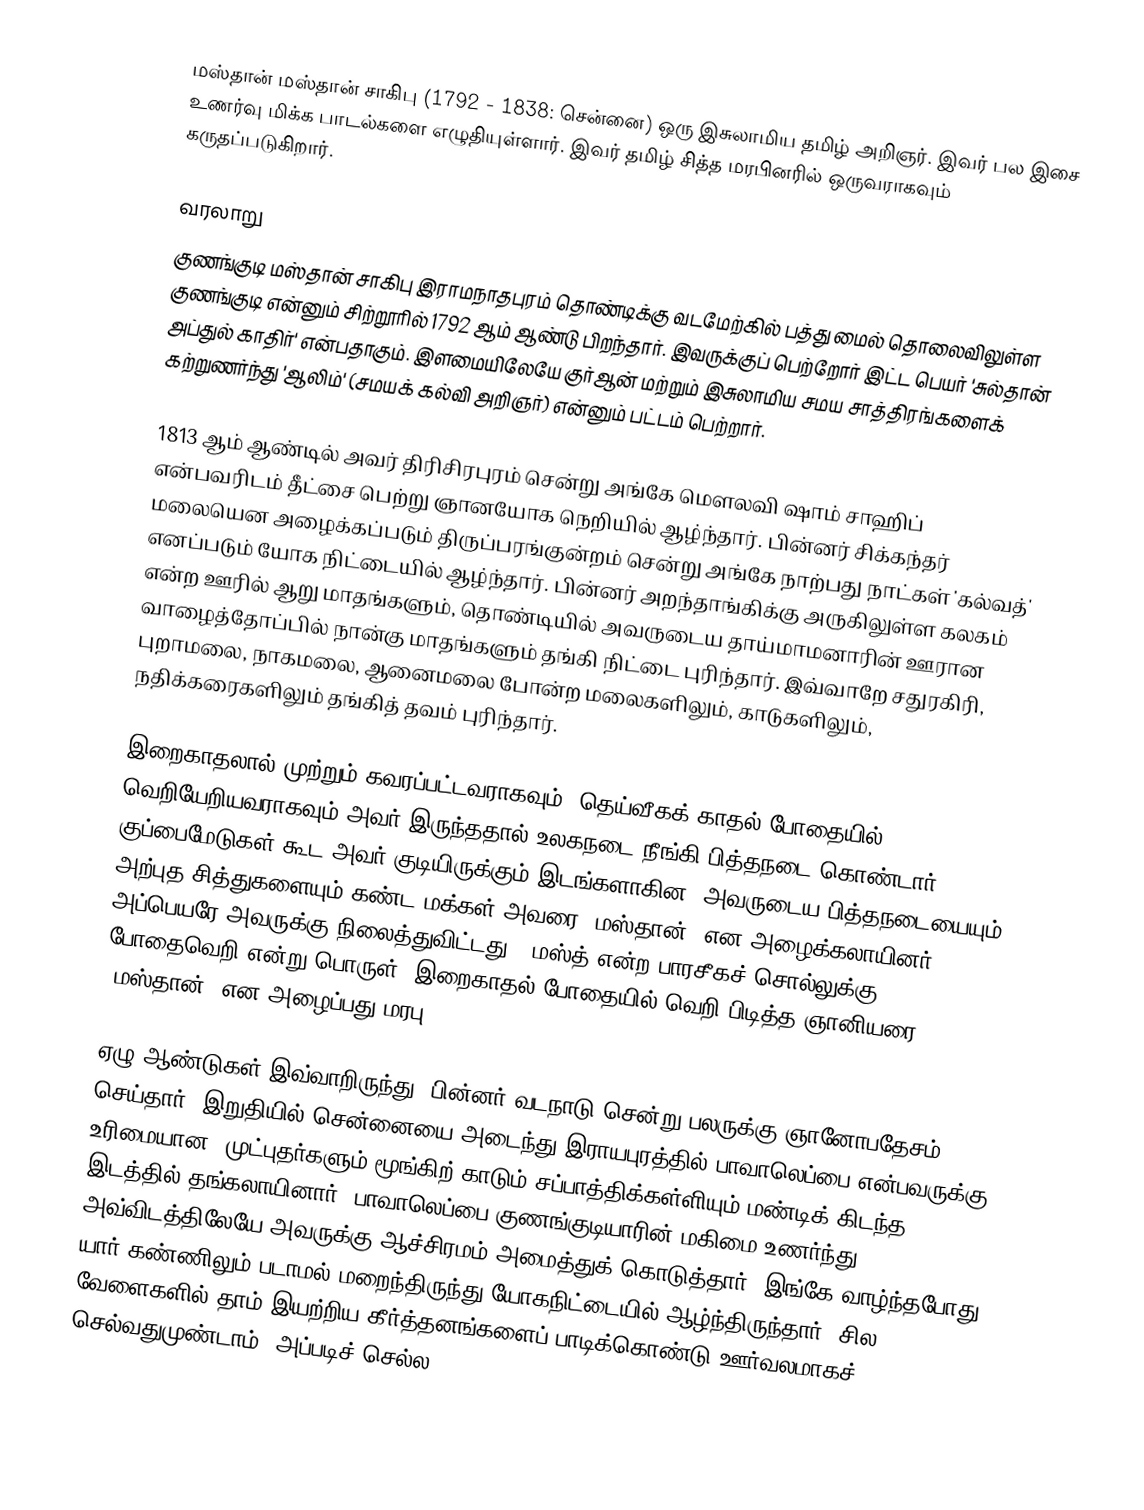
மஸ்தான் மஸ்தான் சாகிபு (1792 - 1838: சென்னை) ஒரு இசுலாமிய தமிழ் அறிஞர்.  இவர் பல இசை உணர்வு மிக்க பாடல்களை எழுதியுள்ளார்.  இவர் தமிழ் சித்த மரபினரில் ஒருவராகவும் கருதப்படுகிறார்.

வரலாறு
குணங்குடி மஸ்தான் சாகிபு இராமநாதபுரம் தொண்டிக்கு வடமேற்கில் பத்து மைல் தொலைவிலுள்ள குணங்குடி என்னும் சிற்றூரில் 1792 ஆம் ஆண்டு பிறந்தார். இவருக்குப் பெற்றோர் இட்ட பெயர் 'சுல்தான் அப்துல் காதிர்' என்பதாகும். இளமையிலேயே குர்ஆன் மற்றும் இசுலாமிய சமய சாத்திரங்களைக் கற்றுணர்ந்து 'ஆலிம்' (சமயக் கல்வி அறிஞர்) என்னும் பட்டம் பெற்றார்.

1813 ஆம் ஆண்டில் அவர் திரிசிரபுரம் சென்று அங்கே மௌலவி ஷாம் சாஹிப் என்பவரிடம் தீட்சை பெற்று ஞானயோக நெறியில் ஆழ்ந்தார். பின்னர் சிக்கந்தர் மலையென அழைக்கப்படும் திருப்பரங்குன்றம் சென்று அங்கே நாற்பது நாட்கள் 'கல்வத்' எனப்படும் யோக நிட்டையில் ஆழ்ந்தார். பின்னர் அறந்தாங்கிக்கு அருகிலுள்ள கலகம் என்ற ஊரில் ஆறு மாதங்களும், தொண்டியில் அவருடைய தாய்மாமனாரின் ஊரான வாழைத்தோப்பில் நான்கு  மாதங்களும் தங்கி நிட்டை புரிந்தார். இவ்வாறே சதுரகிரி, புறாமலை, நாகமலை, ஆனைமலை போன்ற மலைகளிலும், காடுகளிலும், நதிக்கரைகளிலும் தங்கித் தவம் புரிந்தார்.

இறைகாதலால் முற்றும் கவரப்பட்டவராகவும், தெய்வீகக் காதல் போதையில் வெறியேறியவராகவும் அவர் இருந்ததால் உலகநடை நீங்கி பித்தநடை கொண்டார். குப்பைமேடுகள் கூட அவர் குடியிருக்கும் இடங்களாகின. அவருடைய பித்தநடையையும் அற்புத சித்துகளையும் கண்ட மக்கள் அவரை 'மஸ்தான்' என அழைக்கலாயினர். அப்பெயரே அவருக்கு நிலைத்துவிட்டது. (மஸ்த் என்ற பாரசீகச் சொல்லுக்கு போதைவெறி என்று பொருள். இறைகாதல் போதையில் வெறி பிடித்த ஞானியரை 'மஸ்தான்' என அழைப்பது மரபு)

ஏழு ஆண்டுகள் இவ்வாறிருந்து, பின்னர் வடநாடு சென்று பலருக்கு ஞானோபதேசம் செய்தார். இறுதியில் சென்னையை அடைந்து இராயபுரத்தில் பாவாலெப்பை என்பவருக்கு உரிமையான, முட்புதர்களும் மூங்கிற் காடும் சப்பாத்திக்கள்ளியும் மண்டிக் கிடந்த இடத்தில் தங்கலாயினார். பாவாலெப்பை குணங்குடியாரின் மகிமை உணர்ந்து அவ்விடத்திலேயே அவருக்கு ஆச்சிரமம் அமைத்துக் கொடுத்தார். இங்கே வாழ்ந்தபோது யார் கண்ணிலும் படாமல் மறைந்திருந்து யோகநிட்டையில் ஆழ்ந்திருந்தார். சில வேளைகளில் தாம் இயற்றிய கீர்த்தனங்களைப் பாடிக்கொண்டு ஊர்வலமாகச் செல்வதுமுண்டாம். அப்படிச் செல்ல